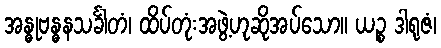
အန္ဓုဗန္ဓနသင်္ခါတံ၊ ထိပ်တုံးအဖွဲ့ဟုဆိုအပ်သော။ ယဉ္စ ဒါရုဇံ၊